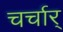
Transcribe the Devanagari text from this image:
चर्चार्